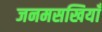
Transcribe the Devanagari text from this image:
जनमसखियाँ